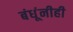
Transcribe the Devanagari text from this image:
बंधूंनीही